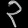
Digit: ၃